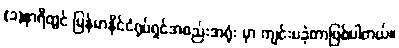
(၁)နာရီတွင် မြန်မာနိုင်ငံရုပ်ရှင်အစည်းအရုံး မှာ ကျင်းပခဲ့တာဖြစ်ပါတယ်။